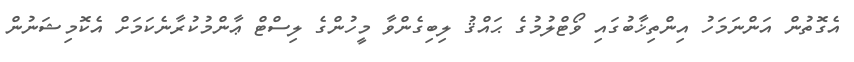
އެގޮތުން އަންނަމަހު އިންތިޚާބުގައި ވޯޓްލުމުގެ ޙައްޤު ލިބިގެންވާ މީހުންގެ ލިސްޓް ޢާންމުކުރާނެކަމަށް އެކޮމިޝަނުން